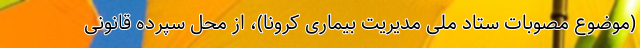
(موضوع مصوبات ستاد ملی مدیریت بیماری کرونا)، از محل سپرده قانونی